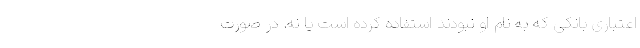
اعتباری بانکی که به نام او نبودند استفاده کرده است یا نه. در صورت